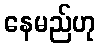
နေမည်ဟု